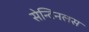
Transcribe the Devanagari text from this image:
सेन्टिनलस